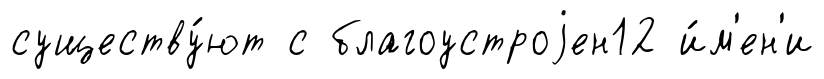
существу́ют с благоустроjен12 и́м'ен'и